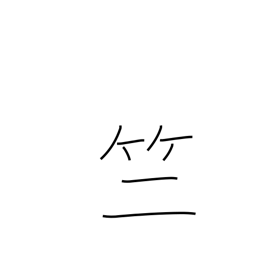
Meaning: bamboo